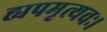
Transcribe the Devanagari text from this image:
ह्यपमृत्यवः।